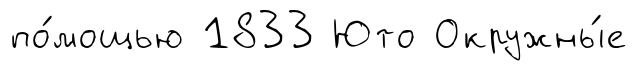
по́мощью 1833 Юто Окружны́е